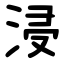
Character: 浸